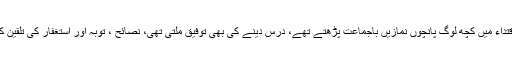
خاکسار کی اقتداء میں کچھ لوگ پانچوں نمازیں باجماعت پڑھتے تھے، درس دینے کی بھی توفیق ملتی تھی، نصائح ، توبہ اور استغفار کی تلقین کی جاتی تھی۔